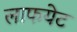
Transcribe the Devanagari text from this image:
लाफयेट